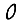
Digit: 0